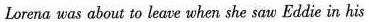
Lorena was aboua to leave when she sae Eddie in his